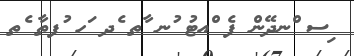
ިސ ްނދޭން ފެ ްއޓު ުނ ާތ ެދ ަހ ުފތާ ެތ